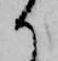
か